Document type: Emphyteutic lease
Year: 1281
Scribe: Pere Marquès
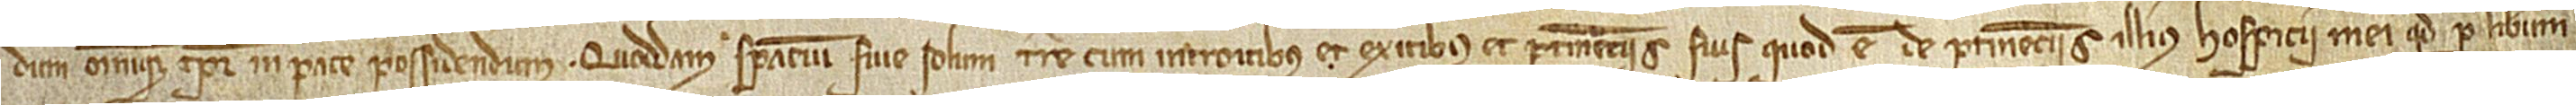
dum omnique tempore possidendum, quoddam spacium sive solum terre, cum introitibus et exitibus et pertinenciis suis, quod est de pertinenciis illius hospicii mei quod per liberum